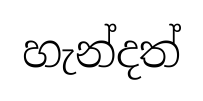
හැන්දත්